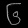
Digit: ၆